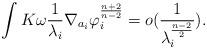
LaTeX: \begin{align*}\int K\omega \frac{1}{\lambda_{i}}\nabla_{a_{i}}\varphi_{i}^{\frac{n+2}{n-2}}=o(\frac{1}{\lambda_{i}^{\frac{n-2}{2}}}).\end{align*}